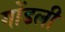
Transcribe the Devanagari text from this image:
गोंडली